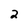
Character: 2